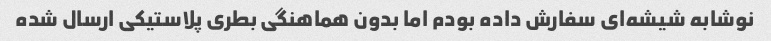
نوشابه شیشه‌ای سفارش داده بودم اما بدون هماهنگی بطری پلاستیکی ارسال شده